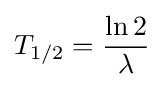
T_{1/2}={\frac {\ln 2}{\lambda }}